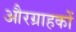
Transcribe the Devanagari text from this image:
औरग्राहकों